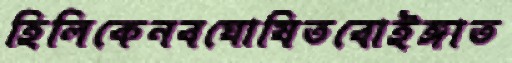
হিলিকেনবঘোষিতবোইঙ্গাত